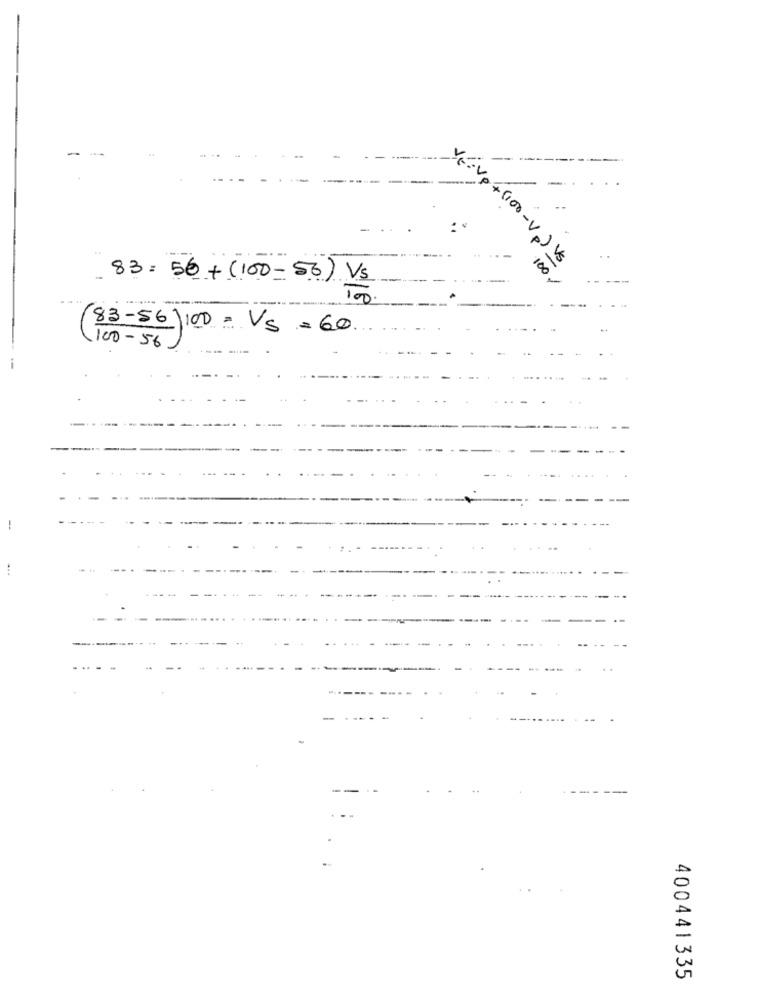
-
VE:Vp+(100-Vp) Vs
100
83:56+(100-56) Vs
(83-56)100 = VS=60
100 - 56
...
400441335